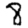
Digit: 8